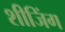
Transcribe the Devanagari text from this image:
शीजिंग